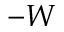
- W